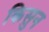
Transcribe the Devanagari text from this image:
किसुन